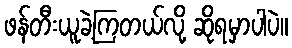
ဖန်တီးယူခဲ့ကြတယ်လို့ ဆိုရမှာပါပဲ။